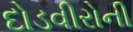
દોડવીરોની